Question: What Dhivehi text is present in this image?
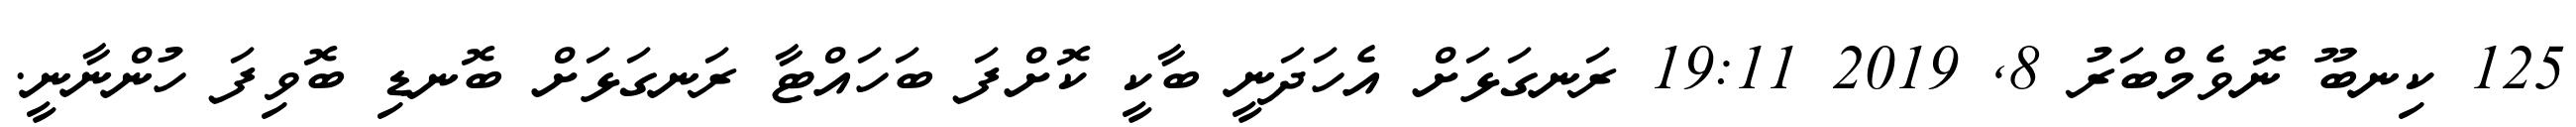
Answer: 125 ކިނބޫ ނޮވެމްބަރު 8, 2019 19:11 ރަނގަޅަށް އެހަދަނީ ބާކީ ކޮށްފަ ބަހައްޓާ ރަނގަޅަށް ބޮނޑި ބޮވިފަ ހުންނާނީ.